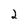
Character: 2